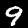
Label: 9